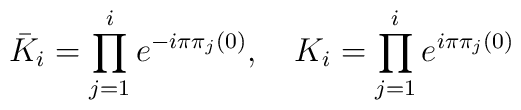
{\bar K}_i = \prod_{j=1}^i e^{-i\pi\pi_j(0)},\quad K_i = \prod_{j=1}^i e^{i\pi\pi_j(0)}